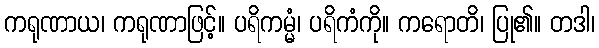
ကရုဏာယ၊ ကရုဏာဖြင့်။ ပရိကမ္မံ၊ ပရိကံကို။ ကရောတိ၊ ပြု၏။ တဒါ၊